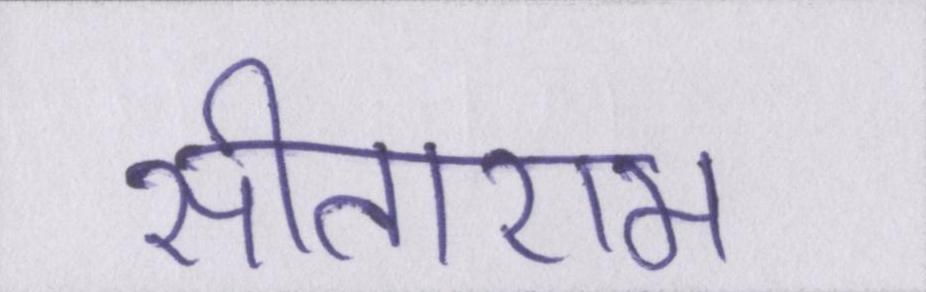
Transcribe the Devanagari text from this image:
सीताराम